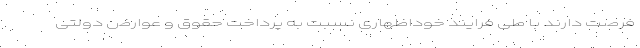
فرصت دارند با طی فرایند خوداظهاری نسبت به پرداخت حقوق و عوارض دولتی